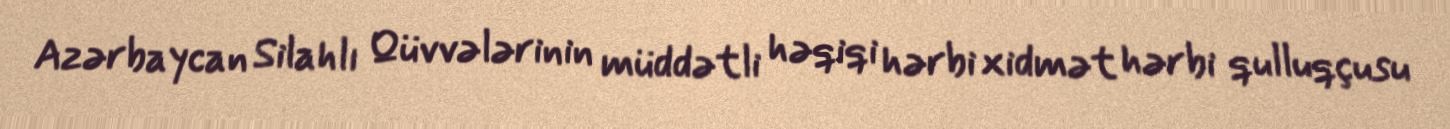
Azərbaycan Silahlı Qüvvələrinin müddətli həqiqi hərbi xidmət hərbi qulluqçusu